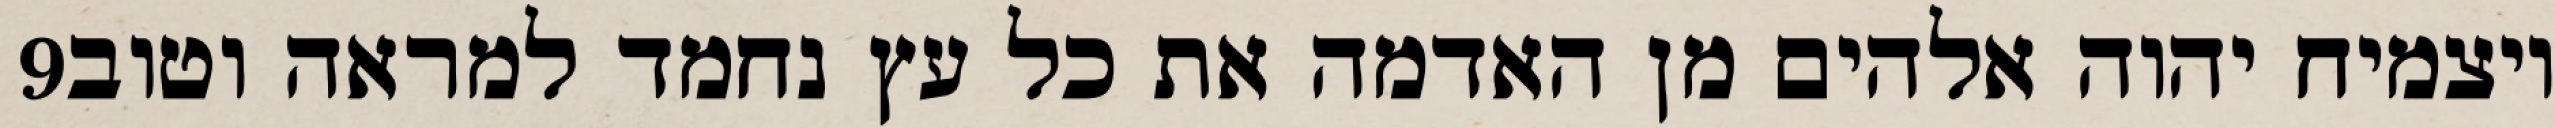
‎9‏ ויצמיח יהוה אלהים מן האדמה את כל עץ נחמד למראה וטוב